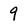
Character: 9